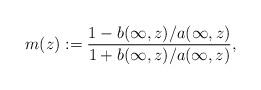
LaTeX: \begin{align*} m(z) := \frac{1 - b(\infty, z)/a(\infty, z)}{1+b(\infty,z)/a(\infty, z)},\end{align*}